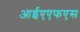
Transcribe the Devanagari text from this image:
आईएएफएस